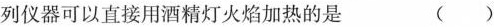
列仪器可以直接用酒精灯火焰加热的是 ( )